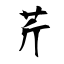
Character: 芹